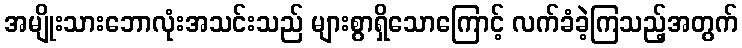
အမျိုးသားဘောလုံးအသင်းသည် များစွာရှိသောကြောင့် လက်ခံခဲ့ကြသည့်အတွက်